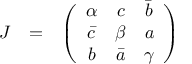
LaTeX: \begin{array} { c c c } { { J } } & { { = } } & { { \left( \begin{array} { c c c } { { \alpha } } & { { c } } & { { \bar { b } } } \\ { { \bar { c } } } & { { \beta } } & { { a } } \\ { { b } } & { { \bar { a } } } & { { \gamma } } \end{array} \right) } } \end{array}